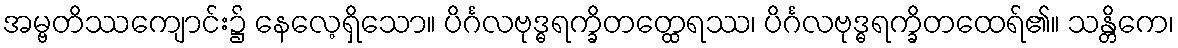
အမ္ဗတိဿကျောင်း၌ နေလေ့ရှိသော။ ပိင်္ဂလဗုဒ္ဓရက္ခိတတ္ထေရဿ၊ ပိင်္ဂလဗုဒ္ဓရက္ခိတထေရ်၏။ သန္တိကေ၊